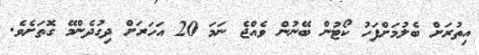
އިތުރަށް ބެލުމަށްފަހު ކޯޓުން ބޭނުން ވެއްޖެ ނަމަ 20 އަހަރަށް ދިގުދެންމޭ ގޮތަށެވެ.